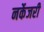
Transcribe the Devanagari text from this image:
नर्केजरी